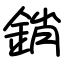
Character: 銷